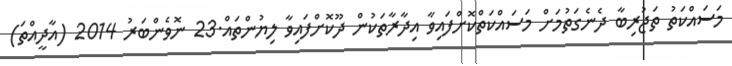
މަސައްކަތު ތަޖުރިބާ ދެނެގަތުމަށް މަސައްކަތްކޮށްފައިވާ އިދާރާތަކުން ދޫކޮށްފައިވާ ލިޔުންތައް.23 ނޮވެންބަރު 2014 (އާދީއްތަ)